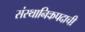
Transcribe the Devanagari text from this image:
संस्थानिकपदाची